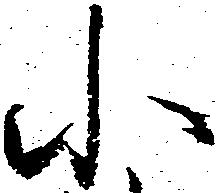
小